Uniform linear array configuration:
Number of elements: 12
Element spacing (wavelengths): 0.25
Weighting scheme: hamming
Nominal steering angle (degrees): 0
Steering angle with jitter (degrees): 1.578
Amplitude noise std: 0.05
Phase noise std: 0.05

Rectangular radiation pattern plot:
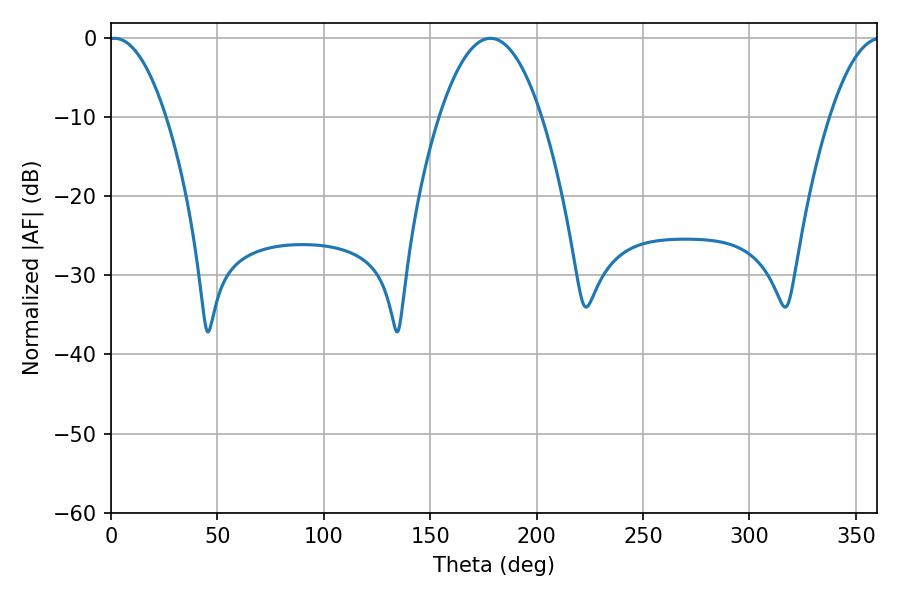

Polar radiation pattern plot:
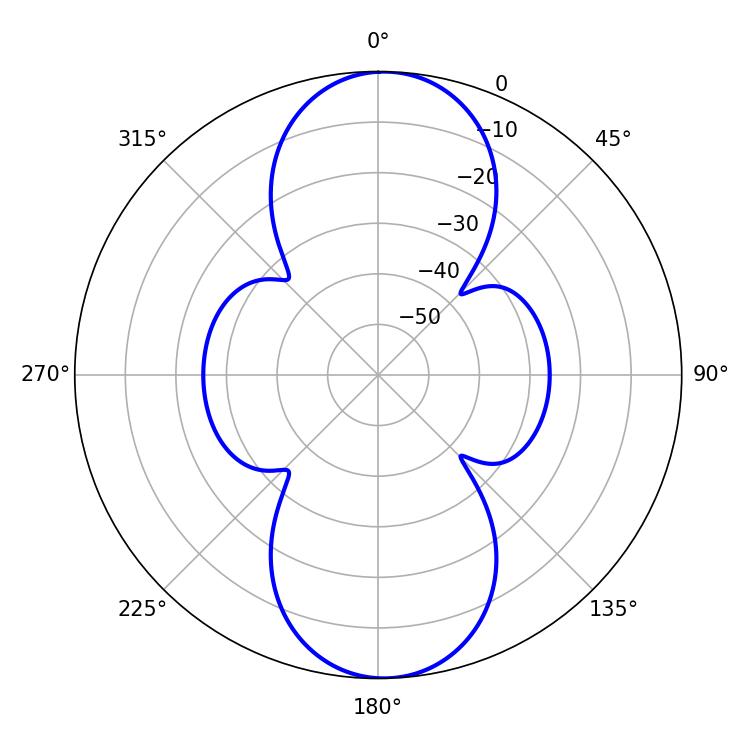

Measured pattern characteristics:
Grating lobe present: FALSE
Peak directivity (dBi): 18.467
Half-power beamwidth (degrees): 14.94
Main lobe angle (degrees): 1.62